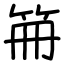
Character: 笧